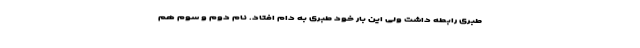
طبری رابطه داشت ولی این بار خود طبری به دام افتاد. نام دوم و سوم هم